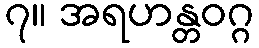
၇။ အရဟန္တဝဂ္ဂ